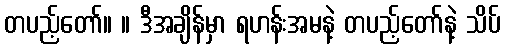
တပည့်တော်။ ။ ဒီအချိန်မှာ ရဟန်းအမနဲ့ တပည့်တော်နဲ့ သိပ်